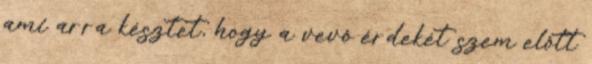
ami arra késztet, hogy a vevô érdekét szem elôtt